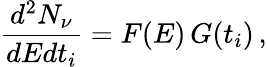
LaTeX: \frac{d^{2}N_{\nu}}{dEdt_{i}}=F(E)\, G(t_{i})\, ,